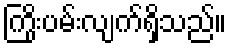
ကြိုးပမ်းလျက်ရှိသည်။